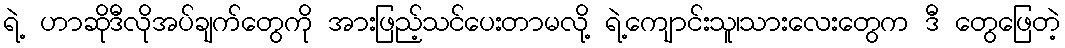
ရဲ့ ဟာဆိုဒီလိုအပ်ချက်တွေကို အားဖြည့်သင်ပေးတာမလို့ ရဲ့ကျောင်းသူ၊သားလေးတွေက ဒီ တွေဖြေတဲ့